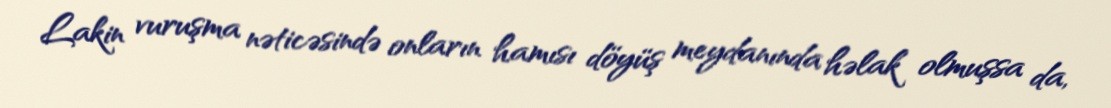
Lakin vuruşma nəticəsində onların hamısı döyüş meydanında həlak olmuşsa da,